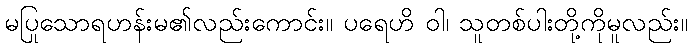
မပြုသောရဟန်းမ၏လည်းကောင်း။ ပရေဟိ ဝါ၊ သူတစ်ပါးတို့ကိုမူလည်း။